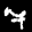
Label: 7